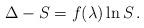
LaTeX: \begin{align*}\Delta-S = f(\lambda) \ln S\,.\end{align*}